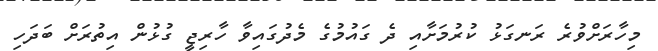
މިހާރަށްވުރެ ރަނގަޅު ކުރުމަށާއި ދެ ގައުމުގެ މެދުގައިވާ ހާރިޖީ ގުޅުން އިތުރަށް ބަދަހި